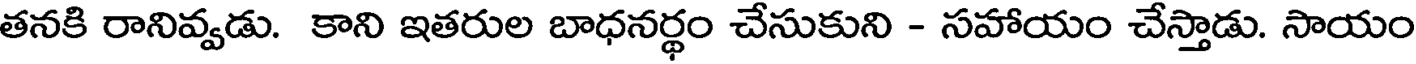
తనకి రానివ్వడు. కాని ఇతరుల బాధనర్థం చేసుకుని - సహాయం చేస్తాడు. సాయం